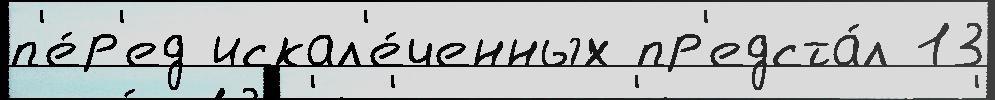
п'е́р'ед искал'е́ченных пр'едста́л 13